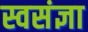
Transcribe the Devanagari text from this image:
स्वसंज्ञा